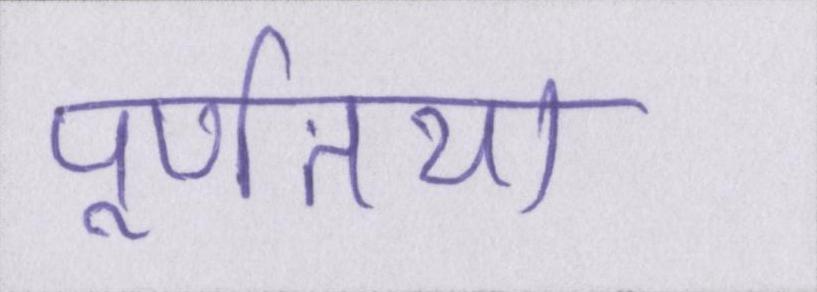
पूर्णतया